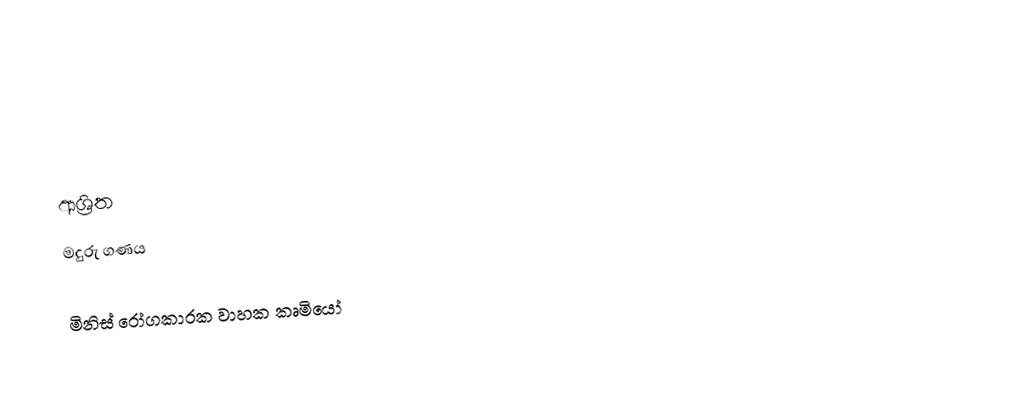

ආශ්‍රිත
 මදුරු ගණය

මිනිස් රෝගකාරක වාහක කෘමියෝ